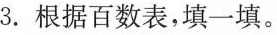
3.根据百数表，填一填。